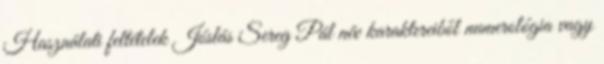
Használati feltételek Jóslás Sereg Pál név karaktereiből numerológia vagy